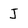
Character: J